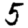
Digit: 5